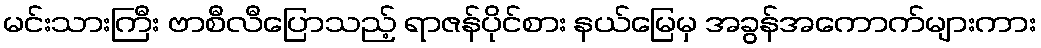
မင်းသားကြီး ဗာစီလီပြောသည့် ရာဇန်ပိုင်စား နယ်မြေမှ အခွန်အကောက်များကား